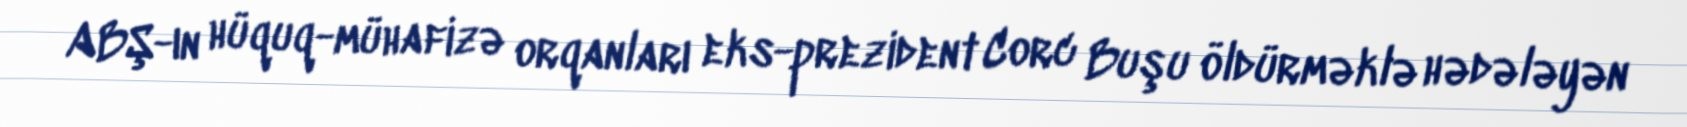
ABŞ-ın hüquq-mühafizə orqanları eks-prezident Corc Buşu öldürməklə hədələyən